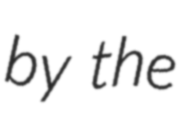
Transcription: by the